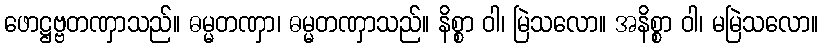
ဖောဋ္ဌဗ္ဗတဏှာသည်။ ဓမ္မတဏှာ၊ ဓမ္မတဏှာသည်။ နိစ္စာ ဝါ၊ မြဲသလော။ အနိစ္စာ ဝါ၊ မမြဲသလော။